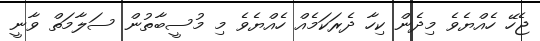
ޖެހޭ ހެއްޔެވެ މިދެން ކިހާ ދެރަކަމެއް ހެއްޔެވެ މި މުސީބާތުން ސަލާމަތް ވާނީ